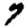
Digit: 7